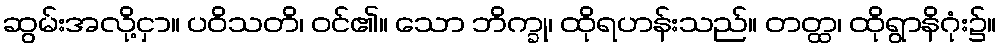
ဆွမ်းအလို့ငှာ။ ပဝိသတိ၊ ဝင်၏။ သော ဘိက္ခု၊ ထိုရဟန်းသည်။ တတ္ထ၊ ထိုရွာနိဂုံး၌။